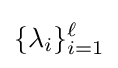
\{\lambda _{i}\}_{i=1}^{\ell }